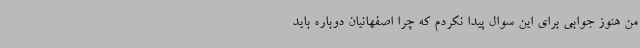
من هنوز جوابی برای این سوال پیدا نکردم که چرا اصفهانیان دوباره باید